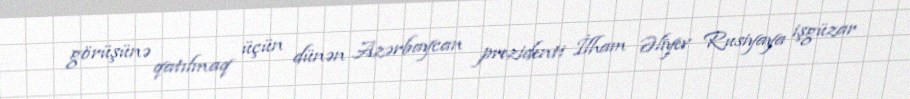
görüşünə qatılmaq üçün dünən Azərbaycan prezidenti İlham Əliyev Rusiyaya işgüzar